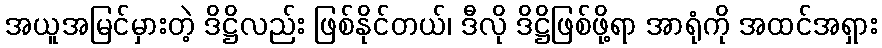
အယူအမြင်မှားတဲ့ ဒိဋ္ဌိလည်း ဖြစ်နိုင်တယ်၊ ဒီလို ဒိဋ္ဌိဖြစ်ဖို့ရာ အာရုံကို အထင်အရှား